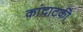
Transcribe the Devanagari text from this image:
कांदाटकी